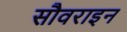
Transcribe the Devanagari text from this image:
सौवराइन